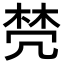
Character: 棾